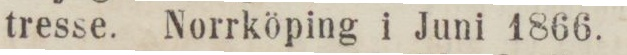
tresse. Norrköping i Juni 1866.